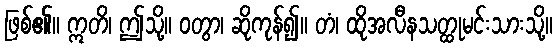
ဖြစ်၏။ ဣတိ၊ ဤသို့။ ဝတွာ၊ ဆိုကုန်၍။ တံ၊ ထိုအလီနသတ္ထုမင်းသားသို့။